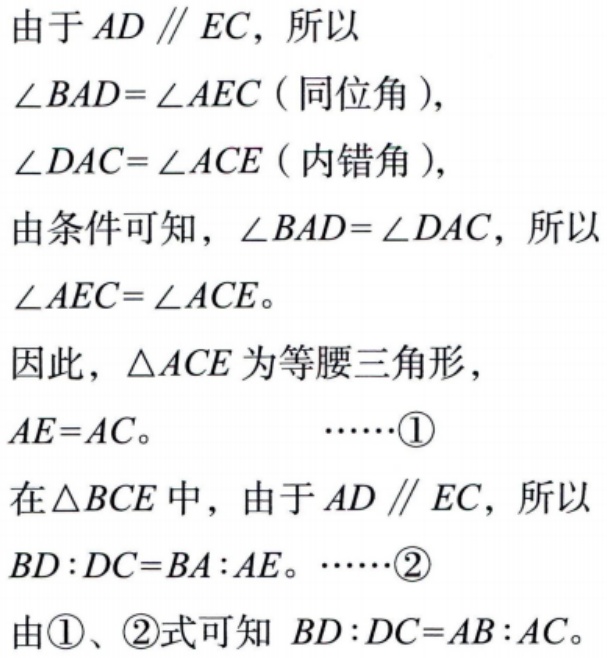
由于 \(AD \parallel EC\)，所以
\(\angle BAD = \angle AEC\)（同位角），
\(\angle DAC = \angle ACE\)（内错角），
由条件可知，\(\angle BAD = \angle DAC\)，所以
\(\angle AEC = \angle ACE\)。
因此，\(\triangle ACE\) 为等腰三角形，
\(AE = AC\)。  \(\cdots\cdots\)\textcircled{1}
在 \(\triangle BCE\) 中，由于 \(AD \parallel EC\)，所以
\(BD:DC = BA:AE\)。\(\cdots\cdots\)\textcircled{2}
由\textcircled{1}、\textcircled{2}式可知 \(BD:DC = AB:AC\)。